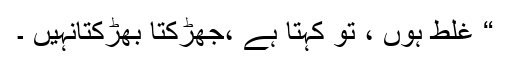
“ غلط ہوں ، تو کہتا ہے ،جھڑکتا بھڑکتانہیں ۔